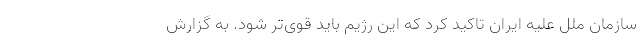
سازمان‌ ملل علیه ایران تاکید کرد که این رژیم باید قوی‌تر شود. به گزارش